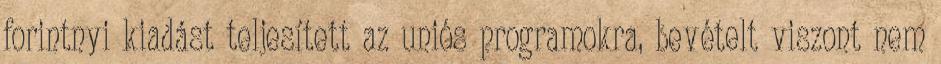
forintnyi kiadást teljesített az uniós programokra, bevételt viszont nem